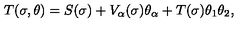
T ( \sigma , \theta ) = S ( \sigma ) + V _ { \alpha } ( \sigma ) \theta _ { \alpha } + T ( \sigma ) \theta _ { 1 } \theta _ { 2 } \nonumber ,